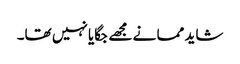
شاید مما نے مجھے جگایا نہیں تھا۔